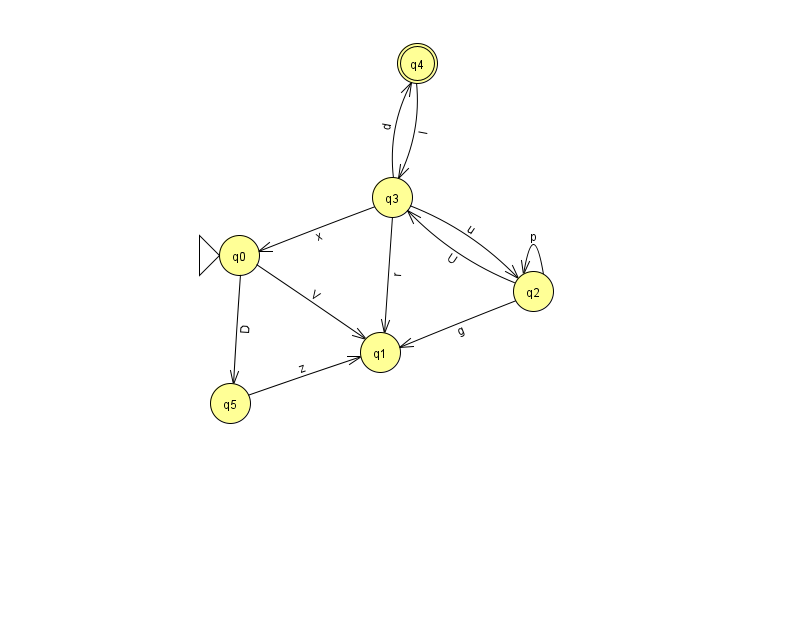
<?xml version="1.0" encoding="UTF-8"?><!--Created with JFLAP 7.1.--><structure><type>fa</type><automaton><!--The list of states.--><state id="0" name="q0"><x>239.0</x><y>242.0</y><initial/></state><state id="1" name="q1"><x>380.0</x><y>339.0</y></state><state id="2" name="q2"><x>533.0</x><y>278.0</y></state><state id="3" name="q3"><x>392.0</x><y>184.0</y></state><state id="4" name="q4"><x>417.0</x><y>50.0</y><final/></state><state id="5" name="q5"><x>230.0</x><y>390.0</y></state><!--The list of transitions.--><transition><from>2</from><to>2</to><read>p</read></transition><transition><from>0</from><to>1</to><read>V</read></transition><transition><from>4</from><to>3</to><read>I</read></transition><transition><from>5</from><to>1</to><read>z</read></transition><transition><from>3</from><to>1</to><read>r</read></transition><transition><from>2</from><to>3</to><read>U</read></transition><transition><from>3</from><to>2</to><read>u</read></transition><transition><from>3</from><to>0</to><read>x</read></transition><transition><from>0</from><to>5</to><read>D</read></transition><transition><from>2</from><to>1</to><read>g</read></transition><transition><from>3</from><to>4</to><read>d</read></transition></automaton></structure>